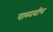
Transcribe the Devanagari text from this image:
पाळावीच